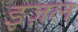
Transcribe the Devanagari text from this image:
इज़ल